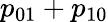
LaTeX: p_{01}+p_{10}